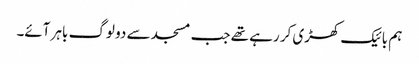
ہم بائیک کھڑی کر رہے تھے جب مسجد سے دو لوگ باہر آئے۔